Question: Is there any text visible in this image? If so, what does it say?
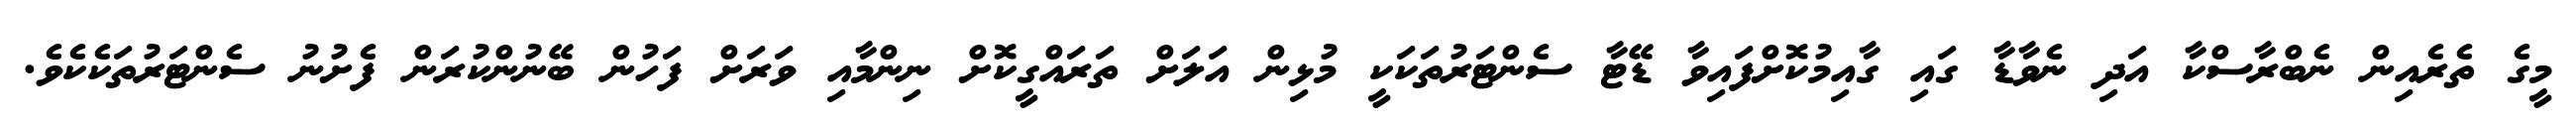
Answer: މީގެ ތެރެއިން ނެބްރާސްކާ އަދި ނެވާޑާ ގައި ގާއިމުކޮށްފައިވާ ޑޭޓާ ސެންޓަރުތަކަކީ މުޅިން އަލަށް ތަރައްގީކޮށް ނިންމާއި ވަރަށް ފަހުން ބޭނުންކުރަން ފެށުނު ސެންޓަރުތަކެކެވެ.